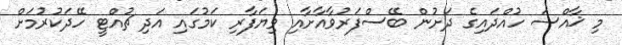
މި ޚާއްސަ ހުއްދައިގެ ދަށުން ބޭސްފަރުވާއާށާއި ވިޔަފާރި ކަމުގައި އަދި ޗުއްޓީ ހޭދަކުރުމަށް